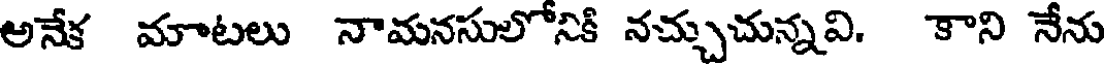
అనేక మాటలు నామనసులోనికి నచ్చుచున్నవి. కాని నేను